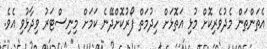
އެތަންތަން މެދުވެރިކޮށް މުޅި އަތޮޅަށް ހިދުމަތް ފޯރުކޮށްދޭނެ ކަމަށް މިނިސްޓަރު ވިދާޅުވި އެވެ.